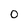
Character: 0